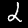
Label: 2